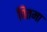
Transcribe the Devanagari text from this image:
पितमा